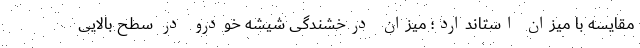
مقایسه با میزان استاندارد؛ میزان درخشندگی شیشه خودرو در سطح بالایی